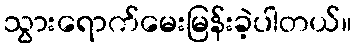
သွားရောက်မေးမြန်းခဲ့ပါတယ်။